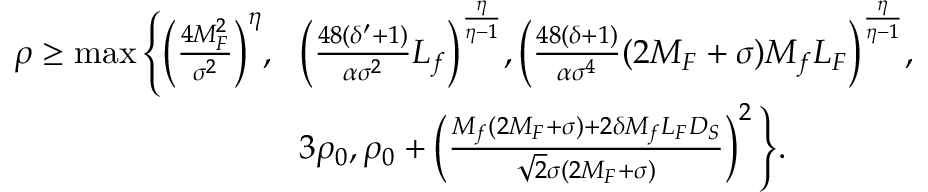
\begin{array} { r l } { \rho \geq \operatorname* { m a x } \Bigg \{ \! \left( \frac { 4 M _ { F } ^ { 2 } } { \sigma ^ { 2 } } \right) ^ { \eta } \! , \! } & { \left( \frac { 4 8 ( \delta ^ { \prime } + 1 ) } { { \alpha } \sigma ^ { 2 } } L _ { f } \right) ^ { \frac { \eta } { \eta - 1 } } \! , \left( \frac { 4 8 ( \delta + 1 ) } { { \alpha } \sigma ^ { 4 } } ( 2 M _ { F } + \sigma ) M _ { f } L _ { F } \right) ^ { \frac { \eta } { \eta - 1 } } \! , } \\ & { 3 \rho _ { 0 } , \rho _ { 0 } + \left( \frac { M _ { f } ( 2 M _ { F } + \sigma ) + 2 \delta M _ { f } L _ { F } D _ { S } } { \sqrt { 2 } \sigma ( 2 M _ { F } + \sigma ) } \right) ^ { 2 } \Bigg \} . } \end{array}